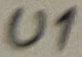
Text: U1